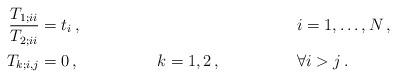
LaTeX: \begin{align*} \frac{T_{1;ii}}{T_{2;ii}} &= t_i \,, && && i = 1, \ldots, N \,, \\ T_{k;i,j} &= 0 \,, && k = 1, 2 \,, && \forall i > j \,. \end{align*}